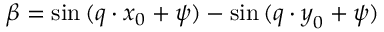
\beta = \sin { ( \boldsymbol { q } \cdot \boldsymbol { x } _ { 0 } + \psi ) } - \sin { ( \boldsymbol { q } \cdot \boldsymbol { y } _ { 0 } + \psi ) }